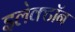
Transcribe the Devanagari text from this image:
इलेक्‍टॉन